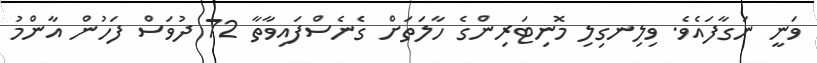
ވަނީ ނަގާފައެވެ. ވިލިނގިލި މޮނިޓަރިންގެ ހާލަތަށް ގެނެސްފައިވާތާ 72 ދުވަސް ފަހުން އާންމު